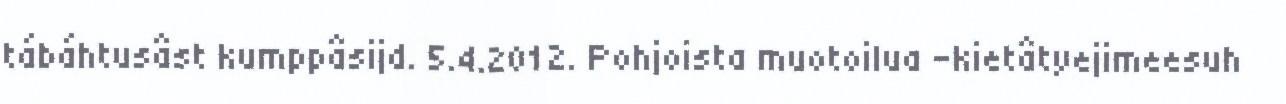
tábáhtusâst kumppâsijd. 5.4.2012. Pohjoista muotoilua -kietâtyejimeesuh